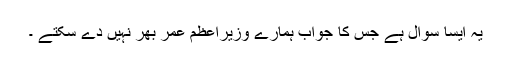
یہ ایسا سوال ہے جس کا جواب ہمارے وزیراعظم عمر بھر نہیں دے سکتے ۔